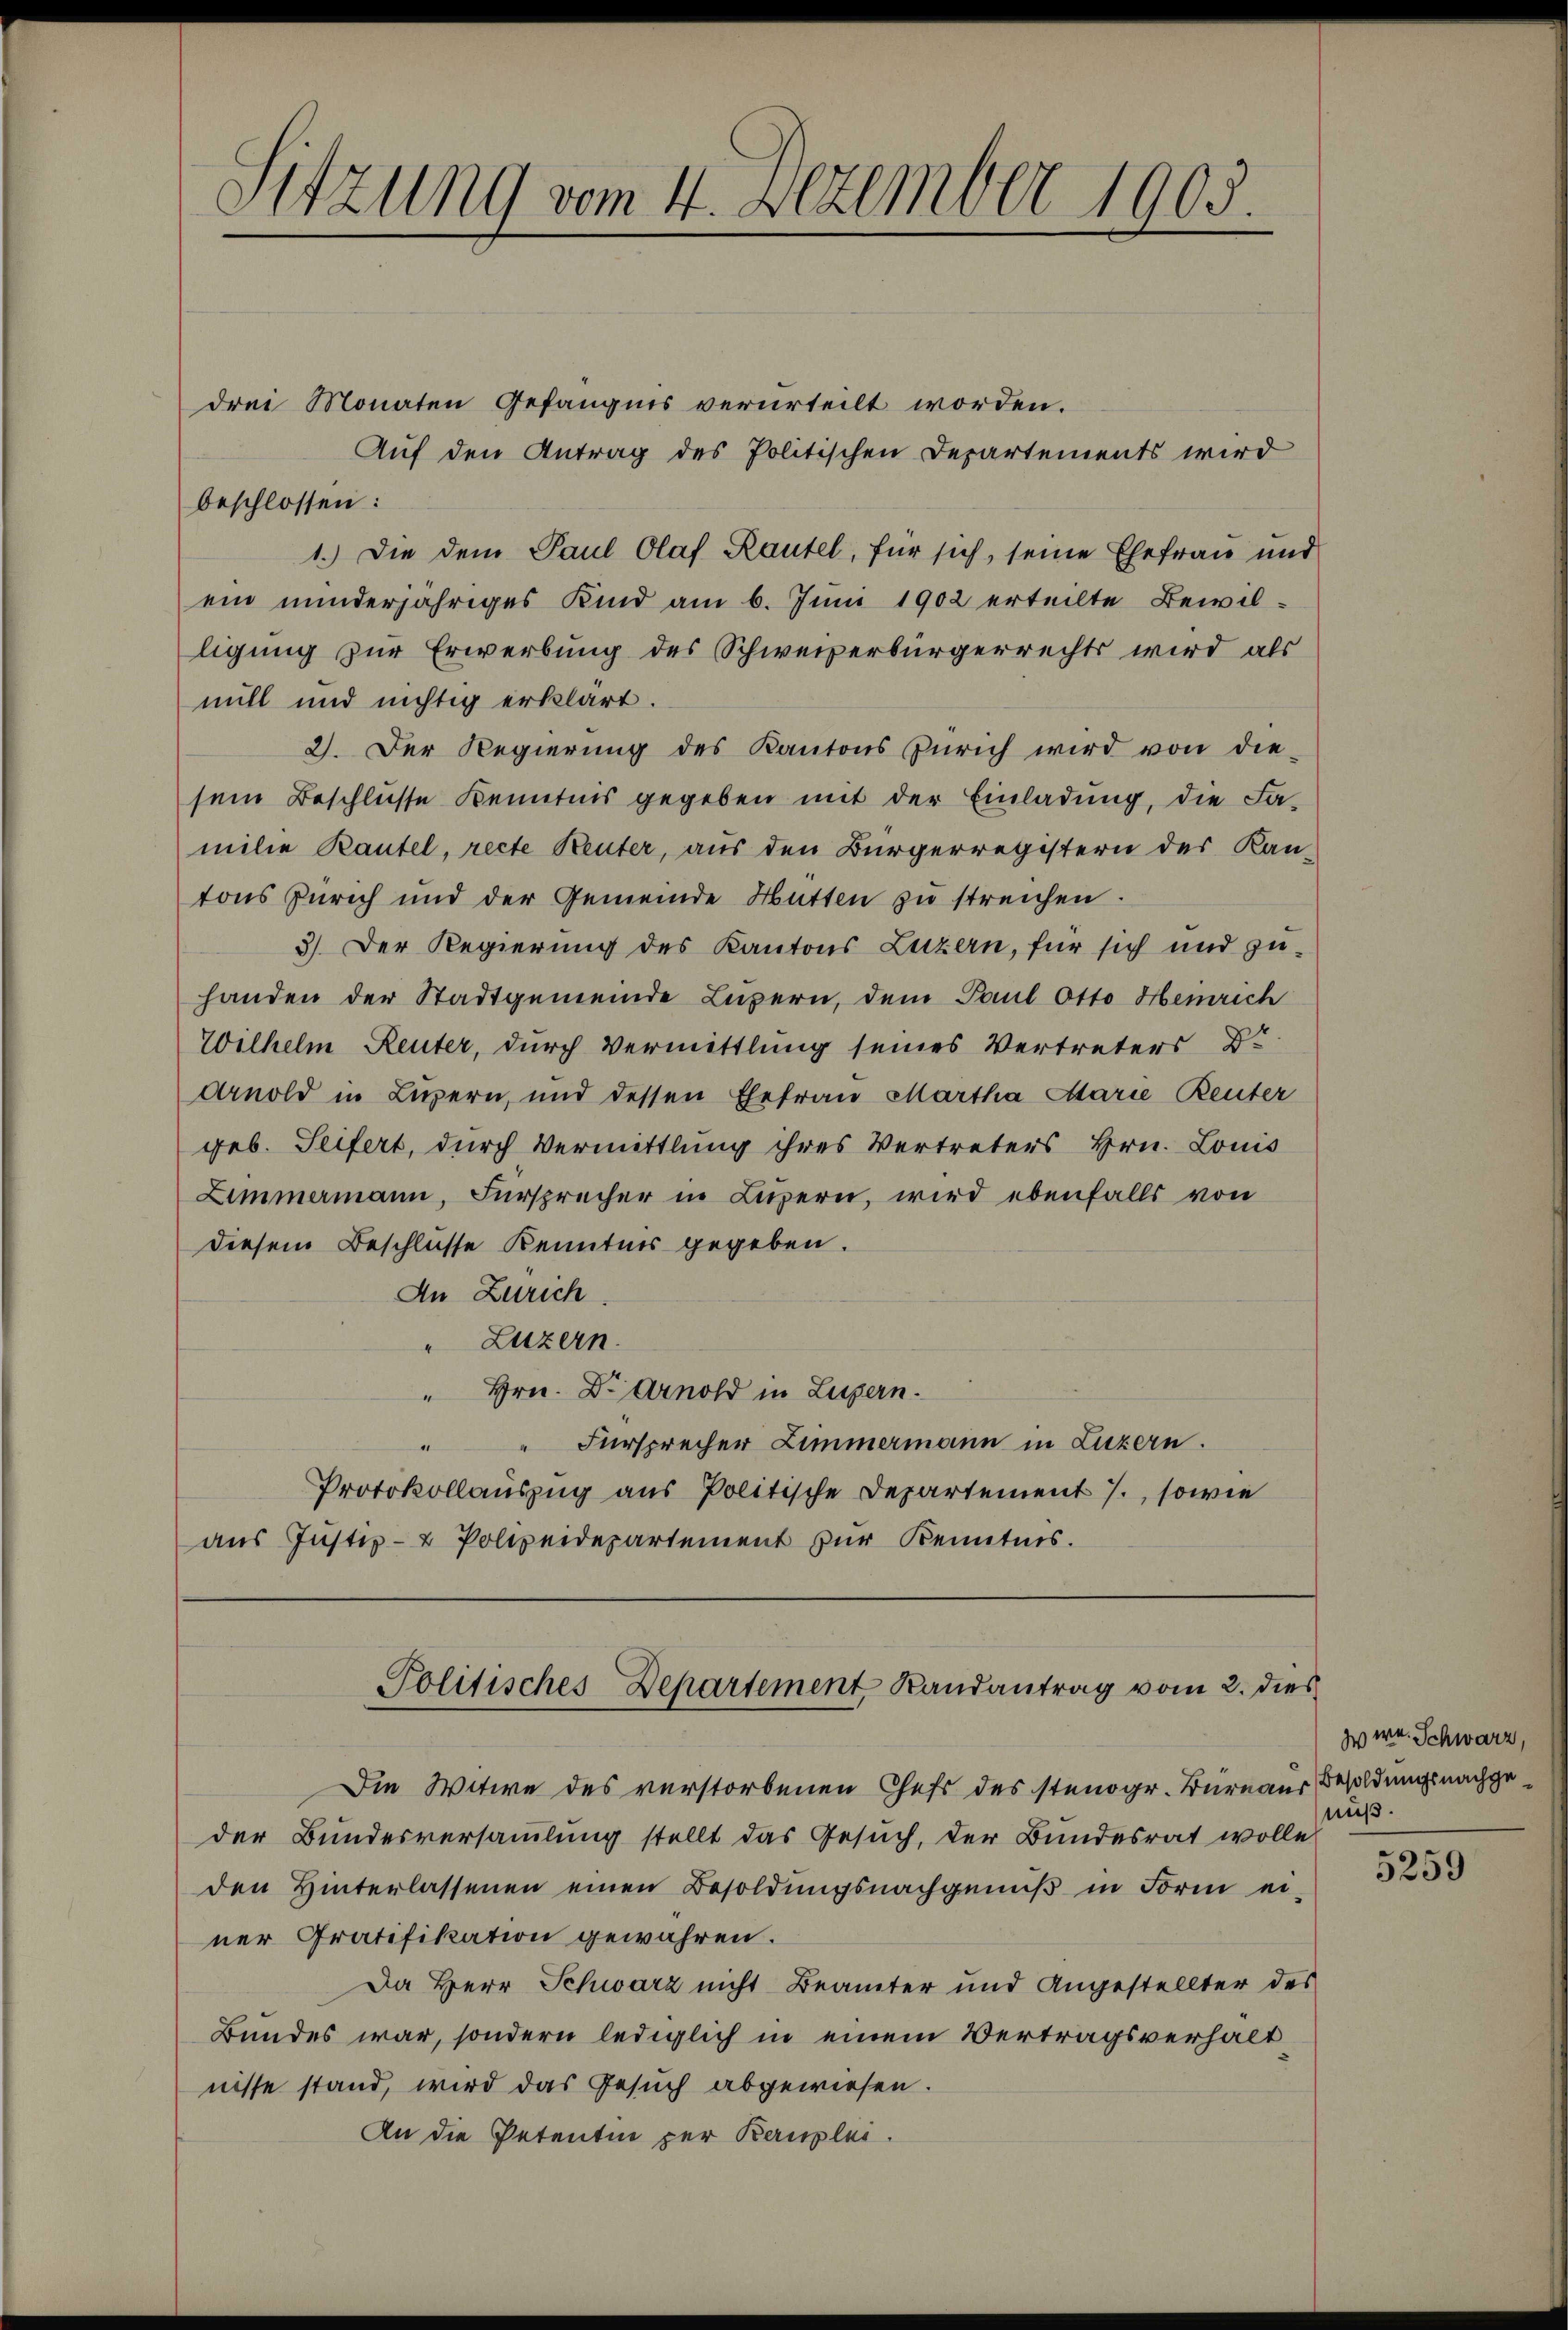
Sitzung vom 4. Dezember 1905.

drei Monaten Gefängnis verurteilt worden.
Auf den Antrag des Politischen Departements wird
beschlossen:
1.) Die dem Paul Olaf Rautel, für sich, seine Ehefrau und
ein minderjähriges Kind am 6. Juni 1902 erteilte Bewilligung zur Erwerbung des Schweizerbürgerrechts wird als
mill und nichtig erklärt.
2). Der Regierŭng des Kantons Zürich wird von die-
sein Beschlüsse Kenntnis gegeben mit der Einladung, die Familie Rautel, recte Reuter, aus den Bürgerregistern des Kan-
tons Zürich und der Gemeinde Hütten zu streichen.
3.) Der Regierung des Kantons Luzern, für sich und zu-
handen der Stadtgemeinde Luzern, dem Paul Otto Hemrich
Wilhelm Reuter, durch Vermittlung seines Vertreters Dr
Arnold in Luzern, und dessen Ehefrau Martha Marie Reuter
geb. Seifert, durch Vermittlung ihres Vertreters Hrn. Louis
Limmamann, Fürsprecher in Luzern, wird ebenfalls von
diesem Beschlüsse Kenntnis gegeben.
An Zürich
" Luzern.
" Hrn. Dr Arnold in Luzern.
Fürsprecher Zimmermann in Luzern.
Protokollauszug aus Politische Departement 7., sowie
aŭs Jŭstiz- & Polizeidepartement zŭr Kenntnis.

Politisches-Departement, Randantrag vom 2. dies

Die Witwe des verstorbenen Chefs des stenogr. Bureaus Besoldungsnachgeder Bundesversammlung stellt das Gesuch, der Bundesrat wolle
den Hinterlassenen einen Besoldŭngsnachgeniβ in Form ei-
ner Pratifikation gewähren.
Da Herr Schwarz nicht Beamter und Angestellter des
Bundes war, sondern lediglich in einem Vertragsverhalt
nisse stand, wird das Gesuch abgewiesen.
An die Petentin per Bauplei.

z war. Schwarz,
nuß.

5259